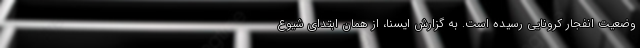
وضعیت انفجار کرونایی رسیده است. به گزارش ایسنا، از همان ابتدای شیوع